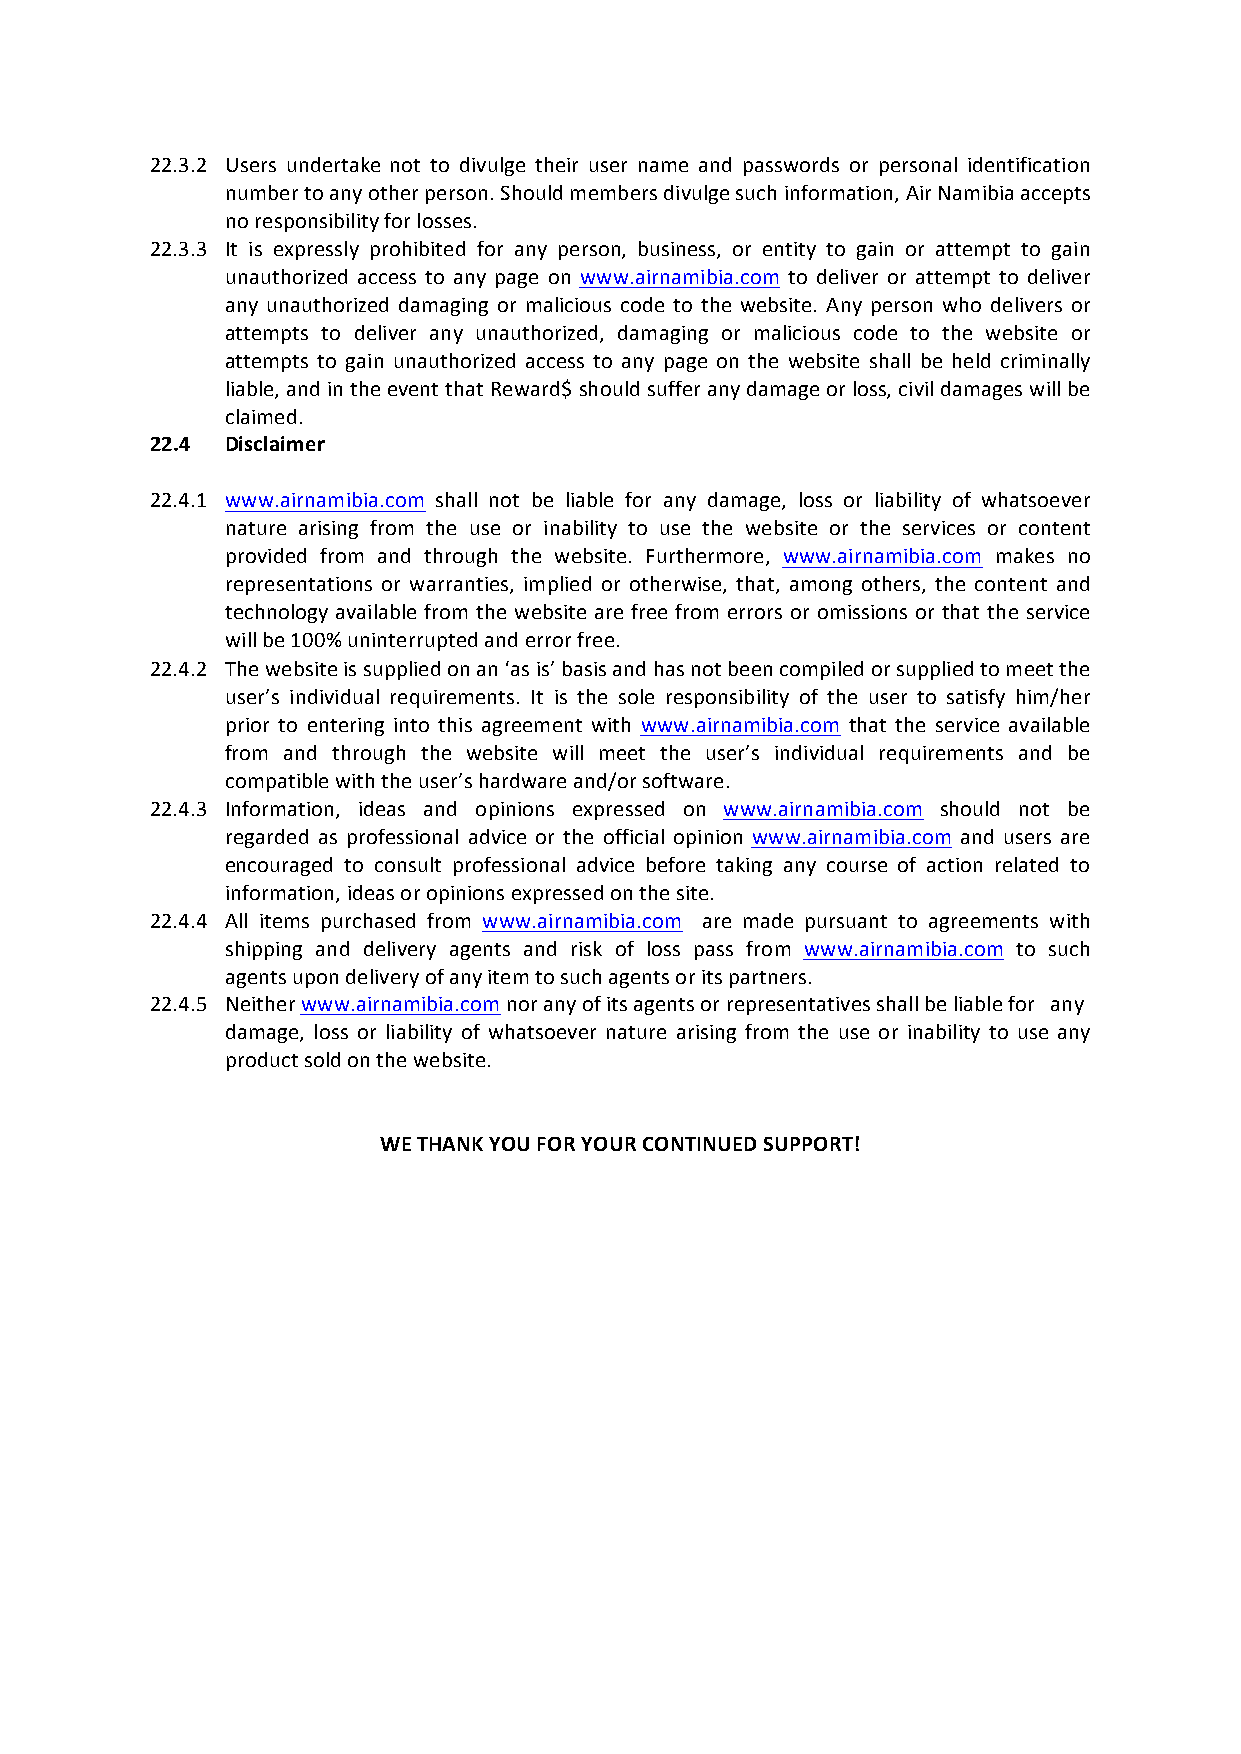
22.3.2 Users undertake not to divulge their user name and passwords or personal identification
 number to any other person. Should members divulge such information, Air Namibia accepts
 no responsibility for losses.
 22.3.3 It is expressly prohibited for any person, business, or entity to gain or attempt to gain
 unauthorized access to any page on www.airnamibia.com to deliver or attempt to deliver
 any unauthorized damaging or malicious code to the website. Any person who delivers or
 attempts to deliver any unauthorized, damaging or malicious code to the website or
 attempts to gain unauthorized access to any page on the website shall be held criminally
 liable, and in the event that Reward$ should suffer any damage or loss, civil damages will be
 claimed.
 22.4 Disclaimer
 22.4.1 www.airnamibia.com shall not be liable for any damage, loss or liability of whatsoever
 nature arising from the use or inability to use the website or the services or content
 provided from and through the website. Furthermore, www.airnamibia.com makes no
 representations or warranties, implied or otherwise, that, among others, the content and
 technology available from the website are free from errors or omissions or that the service
 will be 100% uninterrupted and error free.
 22.4.2 The website is supplied on an ‘as is’ basis and has not been compiled or supplied to meet the
 user’s individual requirements. It is the sole responsibility of the user to satisfy him/her
 prior to entering into this agreement with www.airnamibia.com that the service available
 from and through the website will meet the user’s individual requirements and be
 compatible with the user’s hardware and/or software.
 22.4.3 Information, ideas and opinions expressed on www.airnamibia.com should not be
 regarded as professional advice or the official opinion www.airnamibia.com and users are
 encouraged to consult professional advice before taking any course of action related to
 information, ideas or opinions expressed on the site.
 22.4.4 All items purchased from www.airnamibia.com are made pursuant to agreements with
 shipping and delivery agents and risk of loss pass from www.airnamibia.com to such
 agents upon delivery of any item to such agents or its partners.
 22.4.5 Neither www.airnamibia.com nor any of its agents or representatives shall be liable for any
 damage, loss or liability of whatsoever nature arising from the use or inability to use any
 product sold on the website.
 WE THANK YOU FOR YOUR CONTINUED SUPPORT!